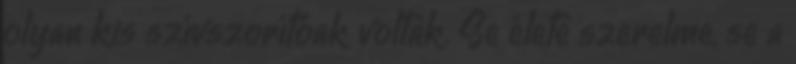
olyan kis szívszorítóak voltak. Se élete szerelme, se a